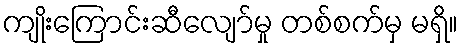
ကျိုးကြောင်းဆီလျော်မှု တစ်စက်မှ မရှိ။